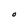
Character: O